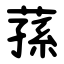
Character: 蓀